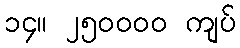
၁၄။ ၂၅၀၀၀၀ ကျပ်